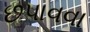
છપાવવા